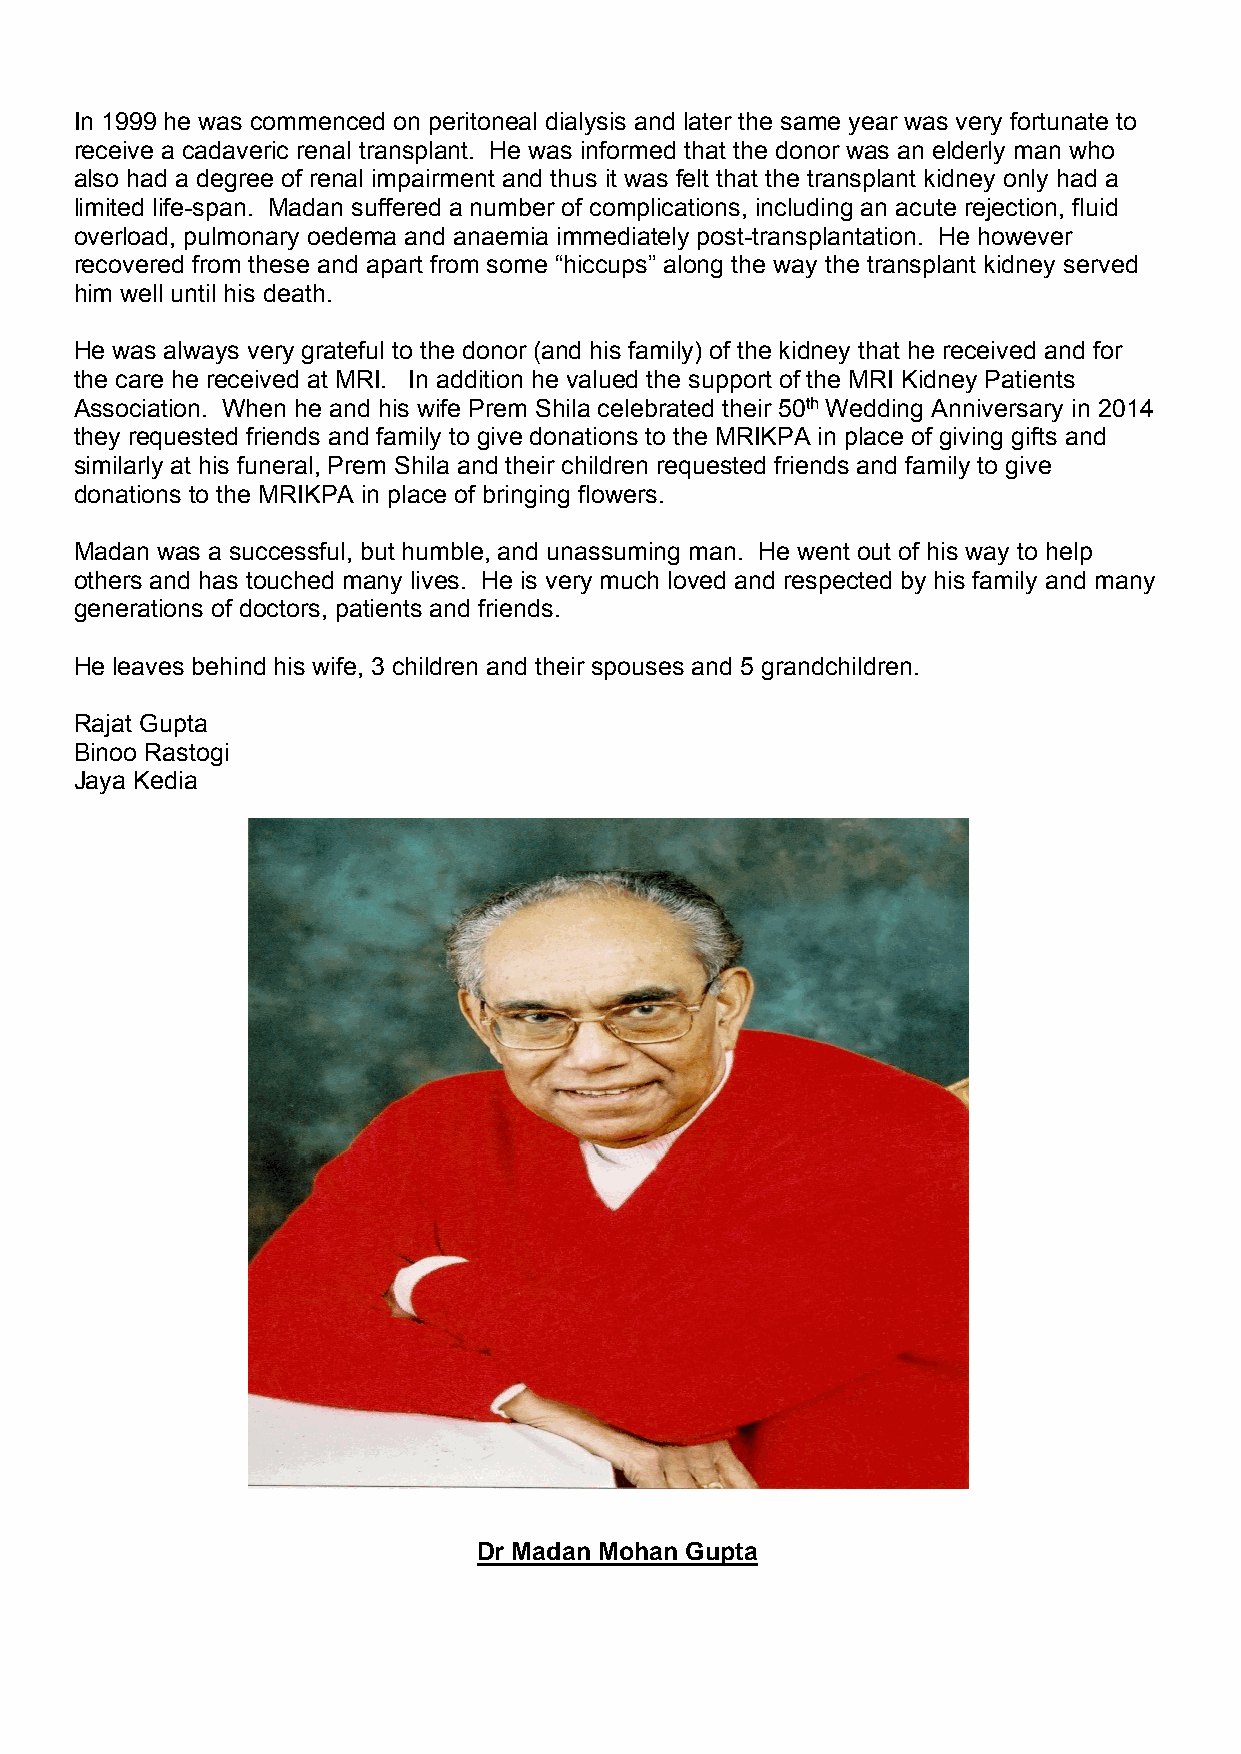
In 1999 he was commenced on peritoneal dialysis and later the same year was very fortunate to
 receive a cadaveric renal transplant. He was informed that the donor was an elderly man who
 also had a degree of renal impairment and thus it was felt that the transplant kidney only had a
 limited life-span. Madan suffered a number of complications, including an acute rejection, fluid
 overload, pulmonary oedema and anaemia immediately post-transplantation. He however
 recovered from these and apart from some “hiccups” along the way the transplant kidney served
 him well until his death.
 He was always very grateful to the donor (and his family) of the kidney that he received and for
 the care he received at MRI. In addition he valued the support of the MRI Kidney Patients
 Association. When he and his wife Prem Shila celebrated their 50th Wedding Anniversary in 2014
 they requested friends and family to give donations to the MRIKPA in place of giving gifts and
 similarly at his funeral, Prem Shila and their children requested friends and family to give
 donations to the MRIKPA in place of bringing flowers.
 Madan was a successful, but humble, and unassuming man. He went out of his way to help
 others and has touched many lives. He is very much loved and respected by his family and many
 generations of doctors, patients and friends.
 He leaves behind his wife, 3 children and their spouses and 5 grandchildren.
 Rajat Gupta
 Binoo Rastogi
 Jaya Kedia
 Dr Madan Mohan Gupta